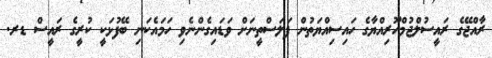
ރާއްޖޭގެ ރައީސުލްޖުމްހޫރިއްޔާގެ ހައިސިއްޔަތުން ފަލަސްތީނަށް ވަޑައިގެންނެވި ހަމައެކަނި ބޭފުޅަކީ ކުރީގެ ރައީސް ޑރ.